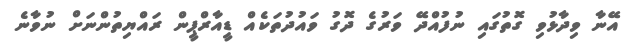
އޭނާ ވިދާޅުވި ގޮތުގައި ނުފުއްދޭ ވަރުގެ ދޮގު ވައުދުތަކެއް ޑީއާރްޕީން ރައްޔިތުންނަށް ނުވާނެ